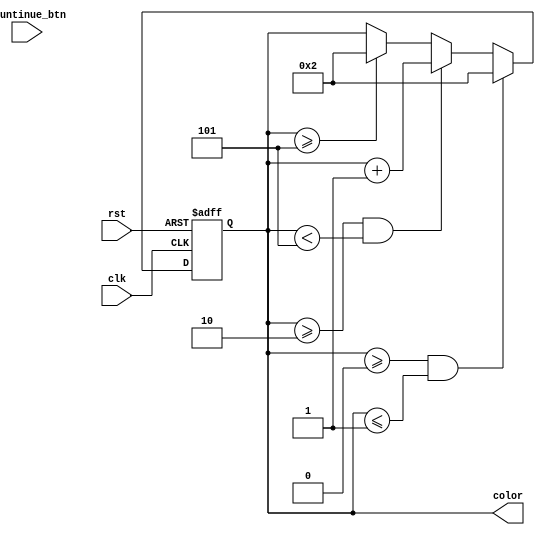
`timescale 1ns / 1ps
//////////////////////////////////////////////////////////////////////////////////
// Company: 
// Engineer: 
// 
// Design Name: 
// Module Name: color_counter
// Project Name: 
// Target Devices: 
// Tool Versions: 
// Description: 
// 
// Dependencies: 
// 
// Revision:
// Revision 0.01 - File Created
// Additional Comments:
// 
//////////////////////////////////////////////////////////////////////////////////


module color_counter(
    input clk,
    input rst,
    input countinue_btn,
    output reg [3:0] color //2=red, 3==cyan, 4=yellow, 5=magenta
    );
    always @ (posedge clk, posedge rst) begin
        if(rst==1)begin
        color<=2; //red
        end
//        else if(countinue_btn==1)begin //if continue_btn is pressed, it will advance the color
////            if(color<=1) color<=2;
////            else if(color==2) color<=3;
////            else if(color==3) color<=4;
////            else if(color==4) color<=5;
////            else if(color>=5) color<=2;
//            if(color>=0&&color<=1) color<=2;
//            else if(color>=2&&color<5) color<=color+1;
//            else if(color>=5) color<=2;
//        end
        else begin
            if(color>=0&&color<=1) color<=2;
            else if(color>=2&&color<5) color<=color+1;
            else if(color>=5) color<=2;
        end
    end
    
endmodule